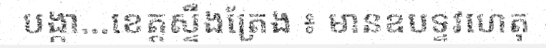
បង្កា...ខេត្តស្ទឹងត្រែង ៖ មានឧបទ្ទវហេតុ